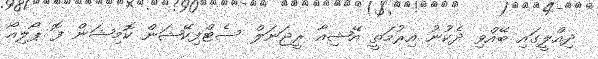
ދިއްލީގައި ބޭއްވި ދެކުނު އިރުމަތީ އޭޝިއާ ރީޖަނަލް ސެޓްފިކޭޝަން ކޮމިޝަން ފޮ ޕޯލިއޯ